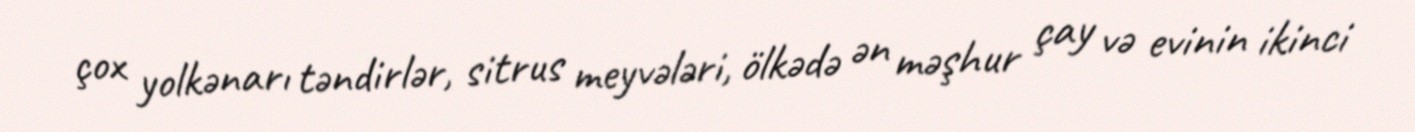
çox yolkənarı təndirlər, sitrus meyvələri, ölkədə ən məşhur çay və evinin ikinci